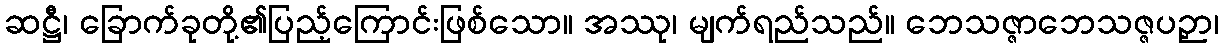
ဆဋ္ဌီ၊ ခြောက်ခုတို့၏ပြည့်ကြောင်းဖြစ်သော။ အဿု၊ မျက်ရည်သည်။ ဘေသဇ္ဇာဘေသဇ္ဇပဉှာ၊